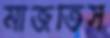
মাজতিস